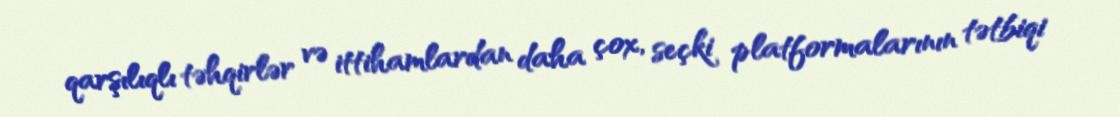
qarşılıqlı təhqirlər və ittihamlardan daha çox, seçki platformalarının tətbiqi